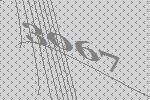
3067